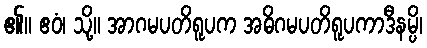
၏။ ဧဝံ၊ သို့။ အာဂမပတိရူပက အဓိဂမပတိရူပကာဒီနမ္ပိ၊